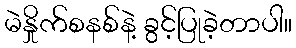
မဲနှိုက်စနစ်နဲ့ ခွင့်ပြုခဲ့တာပါ။